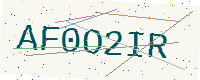
Text: AF0O2IR